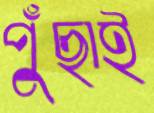
পুঁছাই